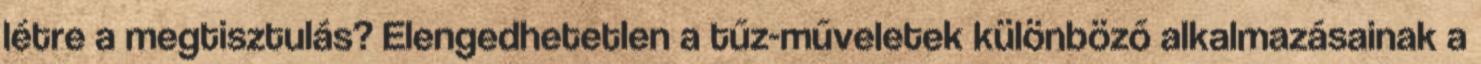
létre a megtisztulás? Elengedhetetlen a tűz-műveletek különböző alkalmazásainak a